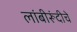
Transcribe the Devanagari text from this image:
लांबीरूंदीचे